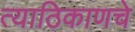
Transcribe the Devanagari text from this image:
त्याठिकाणचे